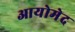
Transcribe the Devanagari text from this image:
आयोमेद